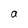
Character: a